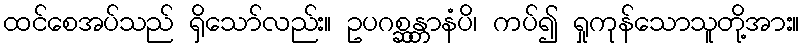
ထင်စေအပ်သည် ရှိသော်လည်း။ ဥပဂစ္ဆန္တာနံပိ၊ ကပ်၍ ရှုကုန်သောသူတို့အား။